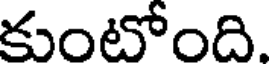
కుంటోంది.